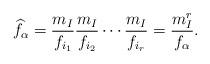
LaTeX: \begin{align*}\widehat{f}_\alpha = \frac{m_I}{f_{i_1}} \frac{m_I}{f_{i_2}} \cdots \frac{m_I}{f_{i_r}} = \frac{m_I^r}{f_\alpha}.\end{align*}